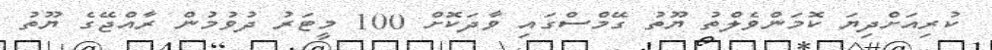
ކުރިއަށްދިޔަ ކޮމަންވެލްތުު ޔޫތު ގޭމްސްގައި ވާދަކޮށް 100 މީޓަރު ދުވުމުން ރާއްޖޭގެ ޔޫތު